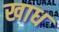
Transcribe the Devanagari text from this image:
खाध